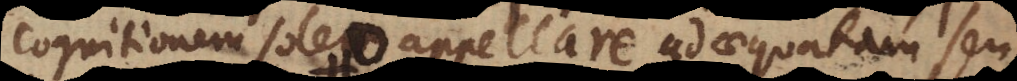
cognitionem soleo appellare adaequatam seu